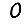
Digit: 0